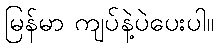
မြန်မာ ကျပ်နဲ့ပဲပေးပါ။